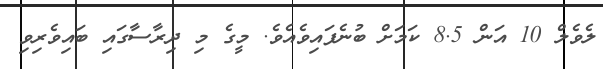
ލެވެލް 10 އަން 8.5 ކަމަށް ބުނެފައިވެއެވެ. މީގެ މި ދިރާސާގައި ބައިވެރިވި